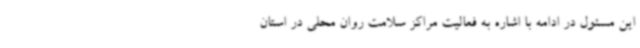
این مسئول در ادامه با اشاره به فعالیت مراکز سلامت روان محلی در استان